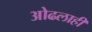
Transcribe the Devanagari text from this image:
ओढलाही